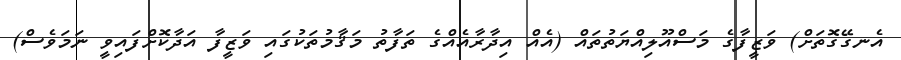
އެނގޭގޮތަށް) ވަޒީފާގެ މަސްއޫލިއްޔަތުތައް (އެއް އިދާރާއެއްގެ ތަފާތު މަޤާމުތަކުގައި ވަޒީފާ އަދާކޮށްފައިވީ ނަމަވެސް)